Rangoon Lunatic Asylum 1878-1892 - 1878-1892
Year: 1878
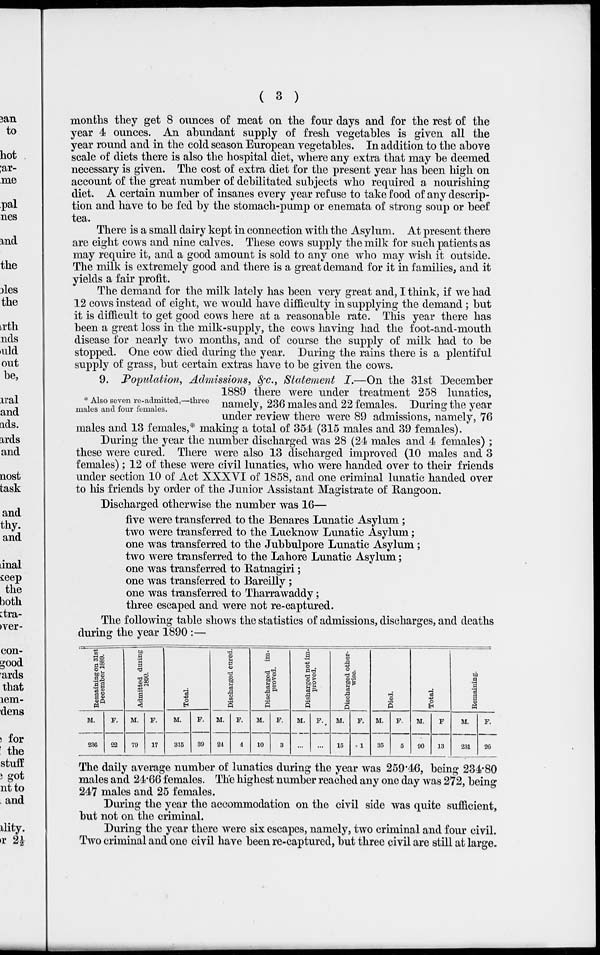
( 3 )
months they get 8 ounces of meat on the four days and for the rest of the
year 4 ounces. An abundant supply of fresh vegetables is given all the
year round and in the cold season European vegetables. In addition to the above
scale of diets there is also the hospital diet, where any extra that may be deemed
necessary is given. The cost of extra diet for the present year has been high on
account of the great number of debilitated subjects who required a nourishing
diet. A certain number of insanes every year refuse to take food of any descrip-
tion and have to be fed by the stomach-pump or enemata of strong soup or beef
tea.
There is a small dairy kept in connection with the Asylum. At present there
are eight cows and nine calves. These cows supply the milk for such patients as
may require it, and a good amount is sold to any one who may wish it outside.
The milk is extremely good and there is a great demand for it in families, and it
yields a fair profit.
The demand for the milk lately has been very great and, I think, if we had
12 cows instead of eight, we would have difficulty in supplying the demand ; but
it is difficult to get good cows here at a reasonable rate. This year there has
been a great loss in the milk-supply, the cows having had the foot-and-mouth
disease for nearly two months, and of course the supply of milk had to be
stopped. One cow died during the year. During the rains there is a plentiful
supply of grass, but certain extras have to be given the cows.
* Also seven re-admitted,—three
males and four females.
9. Population, Admissions, &c., Statement I.—On the 31st December
1889 there were under treatment 258 lunatics,
namely, 236 males and 22 females. During the year
under review there were 89 admissions, namely, 76
males and 13 females,* making a total of 354 (315 males and 39 females).
During the year the number discharged was 28 (24 males and 4 females) ;
these were cured. There were also 13 discharged improved (10 males and 3
females); 12 of these were civil lunatics, who were handed over to their friends
under section 10 of Act XXXVI of 1858, and one criminal lunatic handed over
to his friends by order of the Junior Assistant Magistrate of Rangoon.
Discharged otherwise the number was 16—
five were transferred to the Benares Lunatic Asylum ;
two were transferred to the Lucknow Lunatic Asylum;
one was transferred to the Jubbulpore Lunatic Asylum ;
two were transferred to the Lahore Lunatic Asylum;
one was transferred to Ratnagiri;
one was transferred to Bareilly ;
one was transferred to Tharrawaddy;
three escaped and were not re-captured.
The following table shows the statistics of admissions, discharges, and deaths
during the year 1890 :—
Remaining on 31st
December 1889.
M.
236
F.
22
Admitted during
1890.
M.
79
F.
17
Total
M.
315
F.
39
Discharged cured.
M.
24
F.
4
Discharged im-
proved.
M.
10
F.
3
Disharged not im-
proved.
M.
...
F.
...
Discharged other-
wise.
M.
15
F.
1
Died.
M.
35
F.
5
Total
M.
90
F
13
Remaining.
M.
231
F.
26
The daily average number of lunatics during the year was 259.46, being 234.80
males and 24.66 females. The highest number reached any one day was 272, being
247 males and 25 females.
During the year the accommodation on the civil side was quite sufficient,
but not on the criminal.
During the year there were six escapes, namely, two criminal and four civil.
Two criminal and one civil have been re-captured, but three civil are still at large.